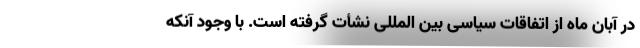
در آبان ماه از اتفاقات سیاسی بین المللی نشأت گرفته است. با وجود آنکه